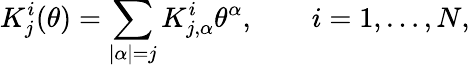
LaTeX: K_{j}^{i}(\theta)=\sum_{|\alpha|=j}K_{j,\alpha}^{i}\theta^{\alpha},\qquad i=1,\ldots,N,